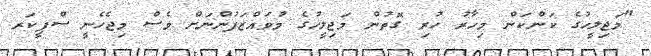
"މަޖިލީހުގެ ކަންކަން މިހާރު ހުރި ގޮތުން މަޖިލީހުގެ މުވައްޒަފުންނަށް ވެސް މިޖެހެނީ ސްޕީކަރ